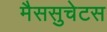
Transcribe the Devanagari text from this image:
मैससुचेटस